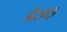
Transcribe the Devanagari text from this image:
डेख़ड़